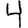
Digit: 4